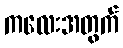
ကလေးအတွက်